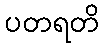
ပတရတိ